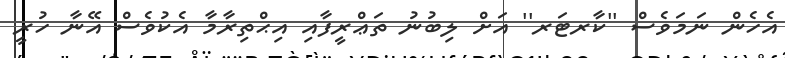
އެހެން ނަމަވެސް ''ކާރޓަރ'' އަށް ލިބުނު ތަޢްރީފާއި އިޙްތިރާމާ އެކުވެސް އޭނާ ހުރީ